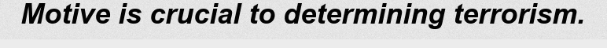
Motive is crucial to determining terrorism.